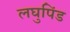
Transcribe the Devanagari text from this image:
लघुपिंड